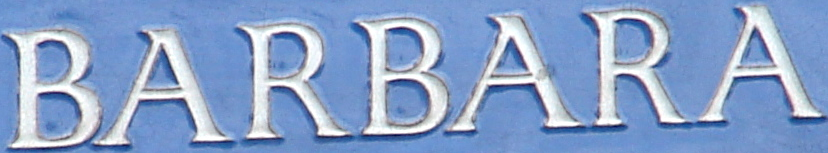
BARBARA